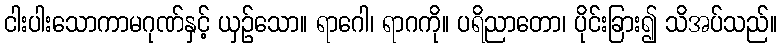
ငါးပါးသောကာမဂုဏ်နှင့် ယှဉ်သော။ ရာဂေါ၊ ရာဂကို။ ပရိညာတော၊ ပိုင်းခြား၍ သိအပ်သည်။